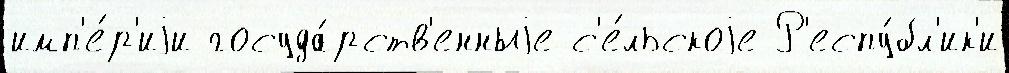
имп'е́р'иjи госуда́рств'енныjе с'е́льскоjе Р'еспу́бл'ик'и